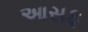
આસફ